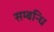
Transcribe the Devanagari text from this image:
सम्‍बन्‍धि